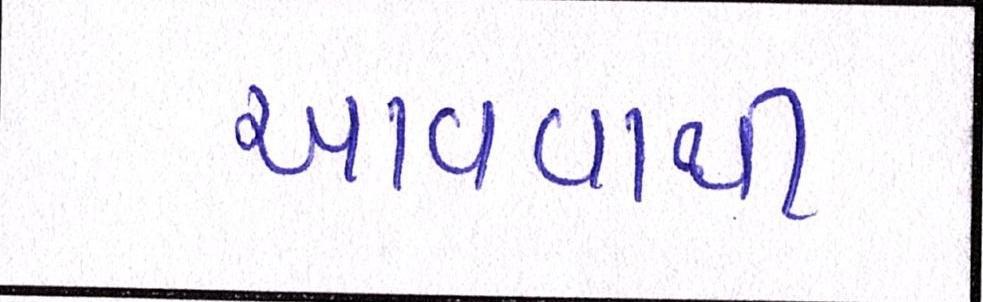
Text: આવવાથી